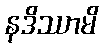
နဒိဿာမိ